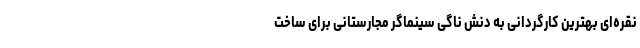
نقره‌ای بهترین کارگردانی به دنش ناگی سینماگر مجارستانی برای ساخت